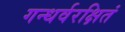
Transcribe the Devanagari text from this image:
गन्धर्वरक्षितं